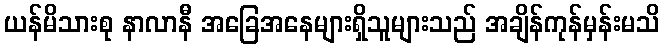
ယန်မိသားစု နာလာနီ အခြေအနေများရှိသူများသည် အချိန်ကုန်မှန်းမသိ